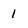
Character: 1